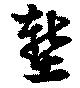
塹